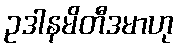
ဥဒါနမိတီဒမာဟု